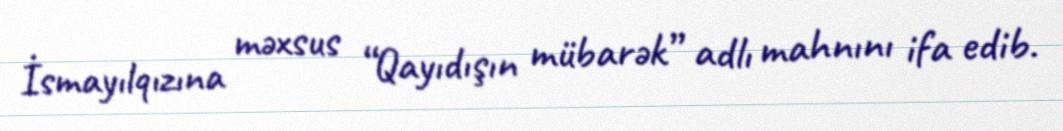
İsmayılqızına məxsus “Qayıdışın mübarək” adlı mahnını ifa edib.